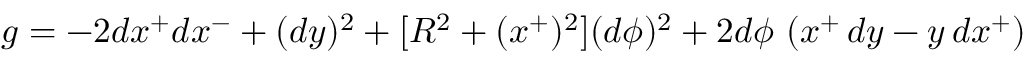
g = - 2 d x ^ { + } d x ^ { - } + ( d y ) ^ { 2 } + [ R ^ { 2 } + ( x ^ { + } ) ^ { 2 } ] ( d \phi ) ^ { 2 } + 2 d \phi \, \left( x ^ { + } \, d y - y \, d x ^ { + } \right)